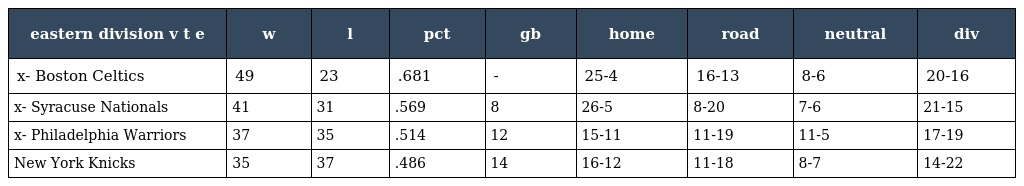
| eastern division v t e | w | l | pct | gb | home | road | neutral | div |
 | --- | --- | --- | --- | --- | --- | --- | --- | --- |
 | x- Boston Celtics | 49 | 23 | .681 | - | 25-4 | 16-13 | 8-6 | 20-16 |
 | x- Syracuse Nationals | 41 | 31 | .569 | 8 | 26-5 | 8-20 | 7-6 | 21-15 |
 | x- Philadelphia Warriors | 37 | 35 | .514 | 12 | 15-11 | 11-19 | 11-5 | 17-19 |
 | New York Knicks | 35 | 37 | .486 | 14 | 16-12 | 11-18 | 8-7 | 14-22 |